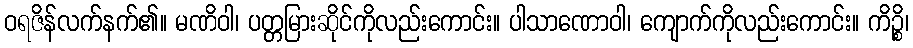
ဝရဇိန်လက်နက်၏။ မဏိဝါ၊ ပတ္တမြားဆိုင်ကိုလည်းကောင်း။ ပါသာဏောဝါ၊ ကျောက်ကိုလည်းကောင်း။ ကိဉ္စိ၊